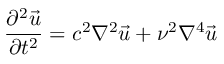
{ \frac { \partial ^ { 2 } { \vec { u } } } { \partial t ^ { 2 } } } = c ^ { 2 } { \nabla ^ { 2 } } { \vec { u } } + \nu ^ { 2 } { \nabla ^ { 4 } } { \vec { u } }